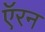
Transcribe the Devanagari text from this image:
ऍरन